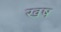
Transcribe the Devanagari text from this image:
खष